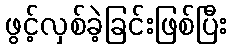
ဖွင့်လှစ်ခဲ့ခြင်းဖြစ်ပြီး